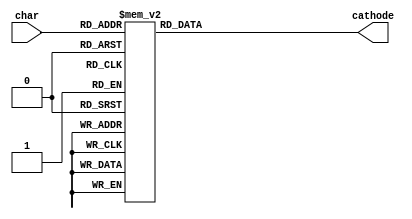
module segment_decoder (
    input [3:0] char,
    output [6:0] cathode
);
    reg [6:0] decoder;
    assign cathode = decoder;
    always @(*)  begin
        case (char)
            4'h0:   decoder = 7'h01;
            4'h1:   decoder = 7'h4F;
            4'h2:   decoder = 7'h12;
            4'h3:   decoder = 7'h06;
            4'h4:   decoder = 7'h4C;
            4'h5:   decoder = 7'h24;
            4'h6:   decoder = 7'h20;
            4'h7:   decoder = 7'h0F;
            4'h8:   decoder = 7'h00;
            4'h9:   decoder = 7'h04;
            4'hA:   decoder = 7'h08;
            4'hB:   decoder = 7'h60;
            4'hC:   decoder = 7'h31;
            4'hD:   decoder = 7'h42;
            4'hE:   decoder = 7'h30;
            4'hF:   decoder = 7'h38;
            default: decoder = 7'h00;
        endcase
    end
endmodule